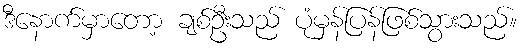
ဒီနောက်မှာတော့ ချစ်ဦးသည် ပုံမှန်ပြန်ဖြစ်သွားသည်။